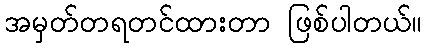
အမှတ်တရတင်ထားတာ ဖြစ်ပါတယ်။